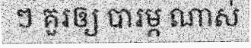
ៗ គួរឲ្យ បារម្ភ ណាស់